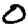
Digit: 0